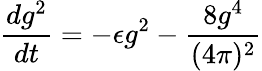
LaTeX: \frac{dg^{2}}{dt}=-\epsilon g^{2}-\frac{8g^{4}}{(4\pi)^{2}}